Plague in India, 1896, 1897 - Volume 1
Year: 1896
Disease focus: Plague
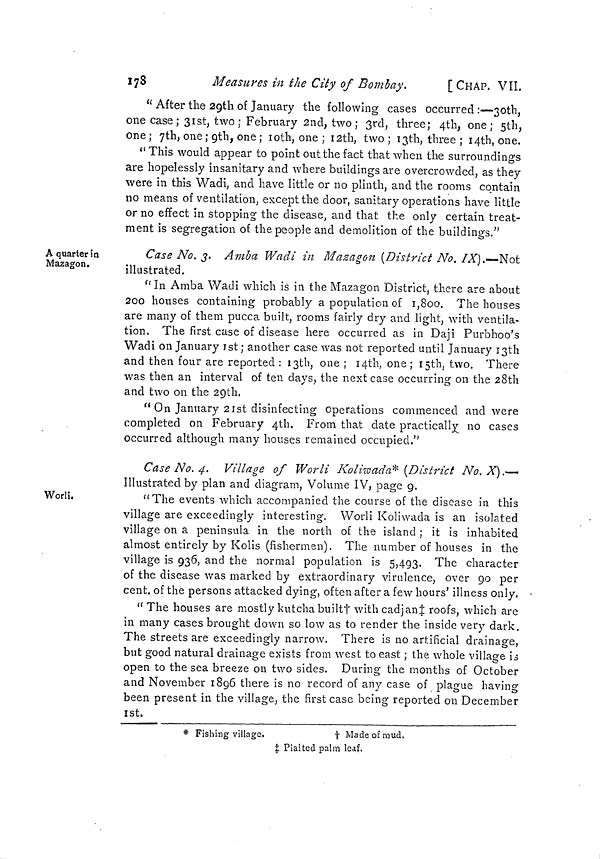
178
Measures in the City of Bombay.
[CHAP. VII.
" After the 29th of January the following cases occurred :—30th,
one case ; 31st, two ; February 2nd, two ; 3rd, three; 4th, one; 5th,
one ; 7th, one ; 9th, one ; 10th, one ; 12th, two ; 13th, three ; 14th, one.
"This would appear to point out the fact that when the surroundings
are hopelessly insanitary and where buildings are overcrowded, as they
were in this Wadi, and have little or no plinth, and the rooms contain
no means of ventilation, except the door, sanitary operations have little
or no effect in stopping the disease, and that the only certain treat-
ment is segregation of the people and demolition of the buildings."
A quarter in
Mazagon.
Case No. 3. Amba Wadi in Mazagon (District No. IX).—Not
illustrated.
"In Amba Wadi which is in the Mazagon District, there are about
200 houses containing probably a population of 1,800. The houses
are many of them pucca built, rooms fairly dry and light, with ventila-
tion. The first case of disease here occurred as in Daji Purbhoo's
Wadi on January 1st ; another case was not reported until January 13th
and then four are reported : 13th, one ; 14th, one; 15th, two. There
was then an interval of ten days, the next case occurring on the 28th
and two on the 29th.
" On January 21st disinfecting operations commenced and were
completed on February 4th. From that date practically no cases
occurred although many houses remained occupied."
Worli.
Case No. 4. Village of Worli Koliwada* (District No. X].—
Illustrated by plan and diagram, Volume IV, page 9.
"The events which accompanied the course of the disease in this
village are exceedingly interesting. Worli Koliwada is an isolated
village on a peninsula in the north of the island ; it is inhabited
almost entirely by Kolis (fishermen). The number of houses in the
village is 936, and the normal population is 5,493. The character
of the disease was marked by extraordinary virulence, over 90 per
cent. of the persons attacked dying, often after a few hours' illness only.
" The houses are mostly kutchabuiltt with cadjan‡ roofs, which are
in many cases brought down so low as to render the inside very dark.
The streets are exceedingly narrow. There is no artificial drainage,
but good natural drainage exists from west to east ; the whole village is
open to the sea breeze on two sides. During the months of October
and November 1896 there is no record of any case of plague having
been present in the village, the first case being reported on December
1st.
* Fishing village.
† Made of mud.
‡ Plaited palm leaf.